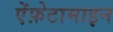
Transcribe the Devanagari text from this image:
ऐंफ़ेटामाइन